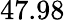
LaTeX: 47.98